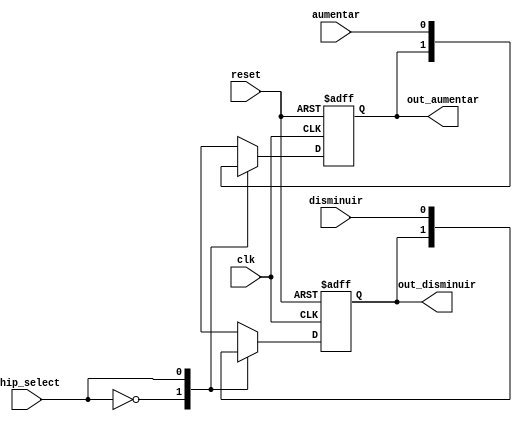
module Registro_Universal
	(
		input wire aumentar, 
		input wire disminuir, 
		input wire clk, 
		input wire reset, 
		input wire chip_select, 
		output wire out_aumentar, 
		output wire out_disminuir 
    );
reg aumentar_actual,disminuir_actual,aumentar_next,disminuir_next;
always@(posedge clk, posedge reset)
begin
	if(reset)
		begin
		aumentar_actual <= 0;
		disminuir_actual <= 0;
		end
	else
	begin
		aumentar_actual <= aumentar_next;
		disminuir_actual <= disminuir_next;
	end
end
always@*
	begin
	case(chip_select)
	1'b0: 
	begin
	aumentar_next = aumentar_actual;
	disminuir_next = disminuir_actual;
	end
	1'b1: 
	begin
	aumentar_next = aumentar;
	disminuir_next = disminuir;
	end
	endcase
	end
assign out_aumentar = aumentar_actual;
assign out_disminuir = disminuir_actual;
endmodule